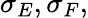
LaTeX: \sigma_{E},\sigma_{F},